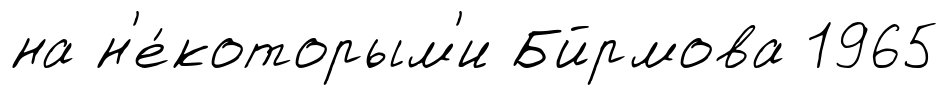
на н'е́которым'и Бйрмова 1965